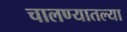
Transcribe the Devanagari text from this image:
चालण्यातल्या